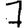
Digit: 7